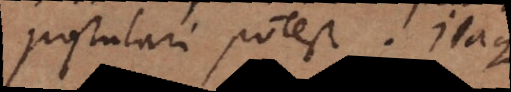
postulari potest. Itaque